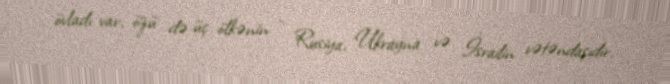
övladı var, özü də üç ölkənin - Rusiya, Ukrayna və İsrailin vətəndaşıdır.